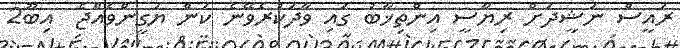
ރައީސް ނަޝީދަށް ރިޔާސީ އިންތިޚާބު ގައި ވާދަކުރެވޭނެ ކަން ޔަގީންވެއްޖެ  އިބޫ2